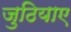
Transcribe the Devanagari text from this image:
जुठियाए